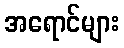
အရောင်များ